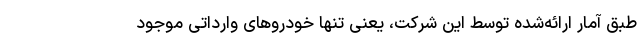
طبق آمار ارائه‌شده توسط این شرکت، یعنی تنها خودروهای وارداتی موجود